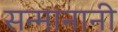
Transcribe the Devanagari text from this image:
सन्मानानी